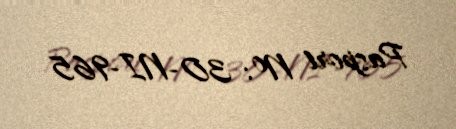
Pasport №: 30-NI-965